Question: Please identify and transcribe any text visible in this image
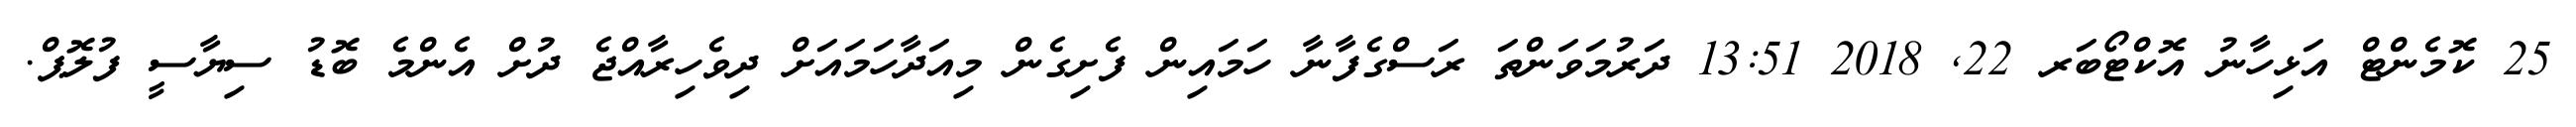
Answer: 25 ކޮމެންޓް އަޅިހާނު އޮކްޓޯބަރ 22, 2018 13:51 ދަރުމަވަންތަ ރަސްގެފާނާ ހަމައިން ފެށިގެން މިއަދާހަމައަށް ދިވެހިރާއްޖެ ދުށް އެންމެ ބޮޑު ސިޔާސީ ފުލޮޕް.